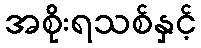
အစိုးရသစ်နှင့်